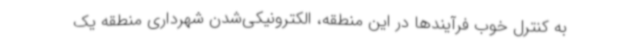
به کنترل خوب فرآیندها در این منطقه، الکترونیکی‌شدن شهرداری منطقه یک